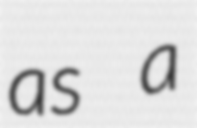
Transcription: as a